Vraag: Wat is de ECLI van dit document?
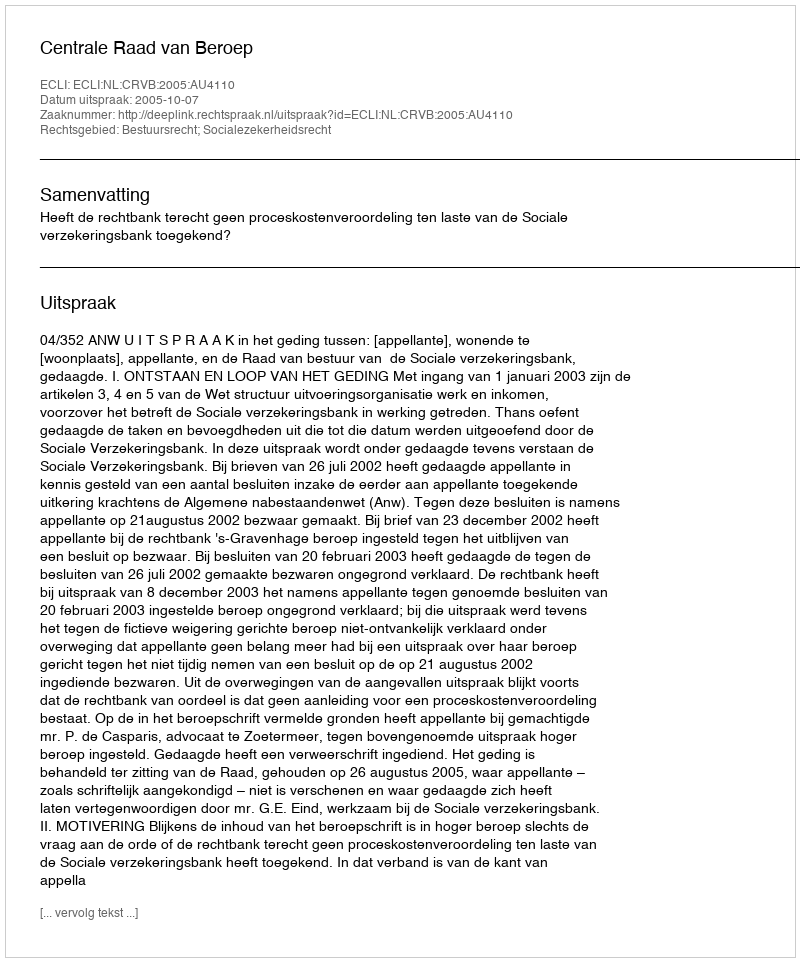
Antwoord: ECLI:NL:CRVB:2005:AU4110